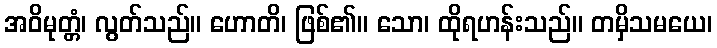
အဝိမုတ္တံ၊ လွတ်သည်။ ဟောတိ၊ ဖြစ်၏။ သော၊ ထိုရဟန်းသည်။ တမှိသမယေ၊